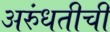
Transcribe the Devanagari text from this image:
अरुंधतीची